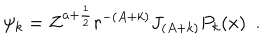
\psi _ { k } = Z ^ { a + \frac { 1 } { 2 } } r ^ { - ( A + k ) } J _ { ( A + k ) } P _ { k } ( x ) \, \, \, .